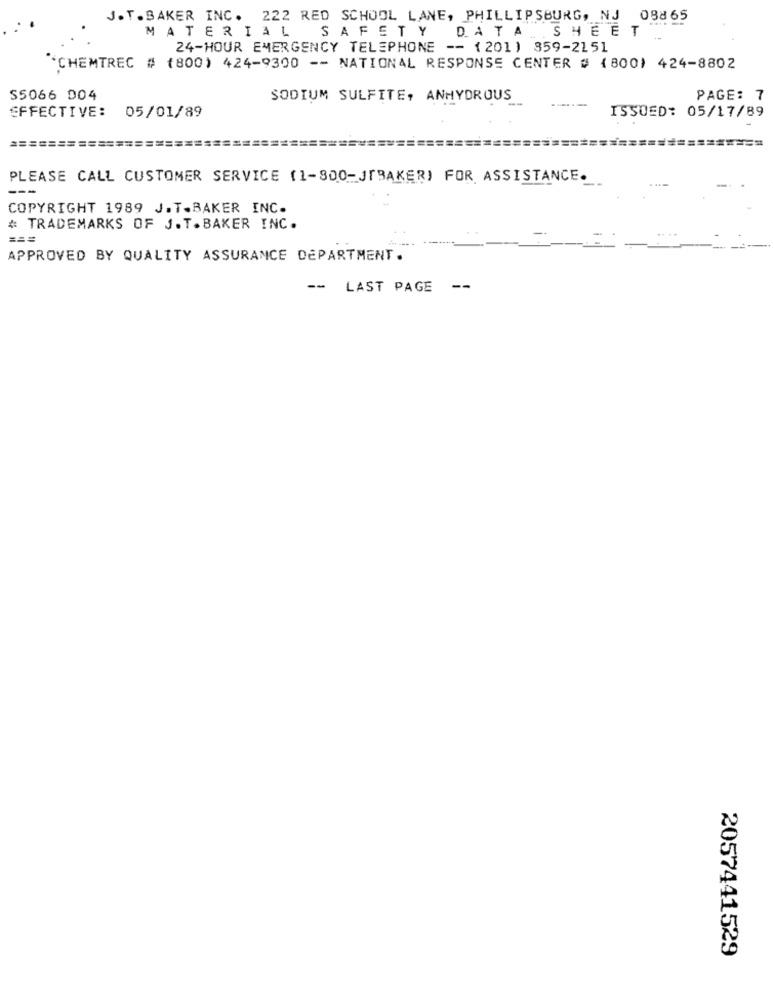
J.T. BAKER INC. 222 RED SCHOOL LANE, PHILLIPSBURG, NJ 08865
MATERIAL SAFETY DATA SHEET
24-HOUR EMERGENCY TELEPHONE -- 1201) 859-2151
"CHEMTREC # (800) 424-9300 -- NATIONAL RESPONSE CENTER # (800) 424-8802
S5066 004
SODIUM SULFITE, ANHYDROUS
PAGE: 7
ISSUED: 05/17/89
EFFECTIVE: 05/01/89
==========
======================================
PLEASE CALL CUSTOMER SERVICE (1-800-JTBAKER) FOR ASSISTANCE.
---
COPYRIGHT 1989 J.T.BAKER INC.
# TRADEMARKS OF J.T.BAKER INC.
===
APPROVED BY QUALITY ASSURANCE DEPARTMENT.
-- LAST PAGE --
2057441529